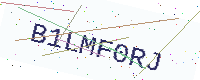
Text: B1LMF0RJ